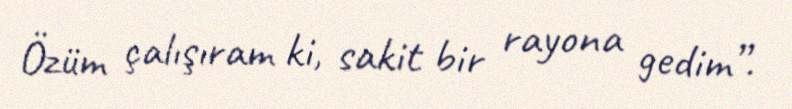
Özüm çalışıram ki, sakit bir rayona gedim”.